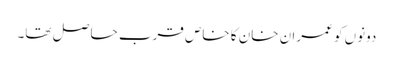
دونوں کو عمران خان کا خاص قرب حا صل تھا۔